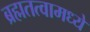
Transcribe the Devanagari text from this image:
ब्रह्मतत्वामध्ये